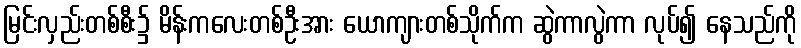
မြင်းလှည်းတစ်စီး၌ မိန်းကလေးတစ်ဦးအား ယောကျားတစ်သိုက်က ဆွဲကာလွဲကာ လုပ်၍ နေသည်ကို